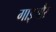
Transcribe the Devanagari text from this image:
गाइयौर